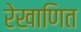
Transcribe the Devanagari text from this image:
रेखाणित